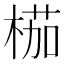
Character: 𣖚